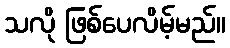
သလို ဖြစ်ပေလိမ့်မည်။